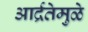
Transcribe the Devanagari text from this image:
आर्द्रतेमुळे